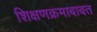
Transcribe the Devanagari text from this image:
शिक्षणक्रमाबाबत